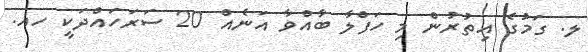
ލ. ގަމުގެ އިތުރުން މި ހަފްލާ ބާއްވާ އަނެއް 20 ސަރަހައްދަކީ ހއ.